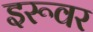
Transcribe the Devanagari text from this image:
इरूवर